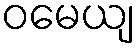
ဝမေယျ